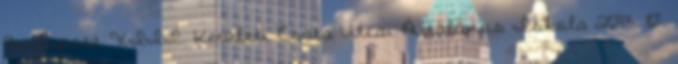
Budapest XIII. Kerületi Csata Utcai Általános Iskola 2013. 10.